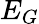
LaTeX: E_{G}